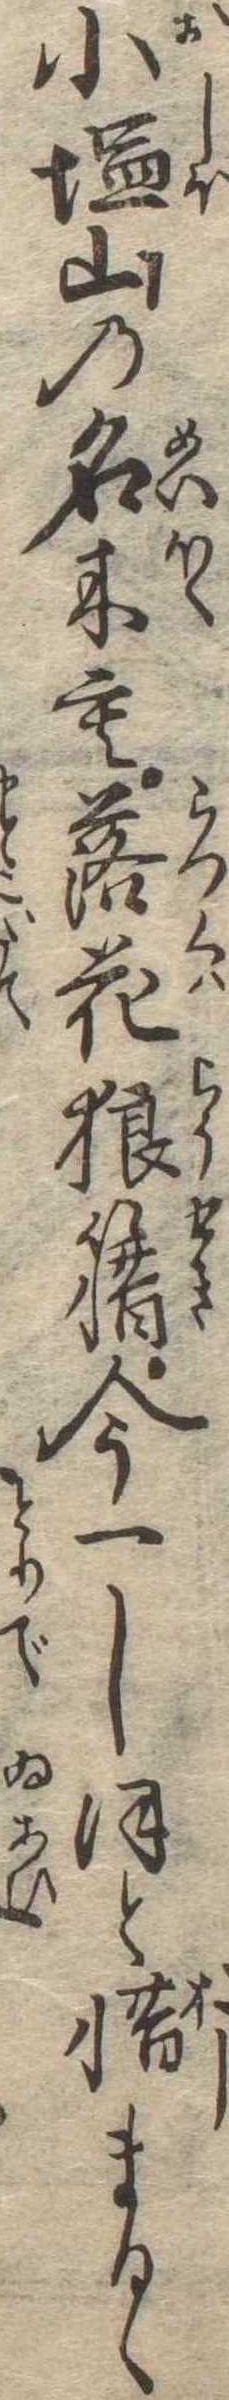
小塩山の名木も落花狼籍今一しほと惜まるゝ